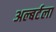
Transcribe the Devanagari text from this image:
अल्बर्टला